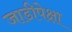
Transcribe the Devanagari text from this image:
जाडीपेक्षा